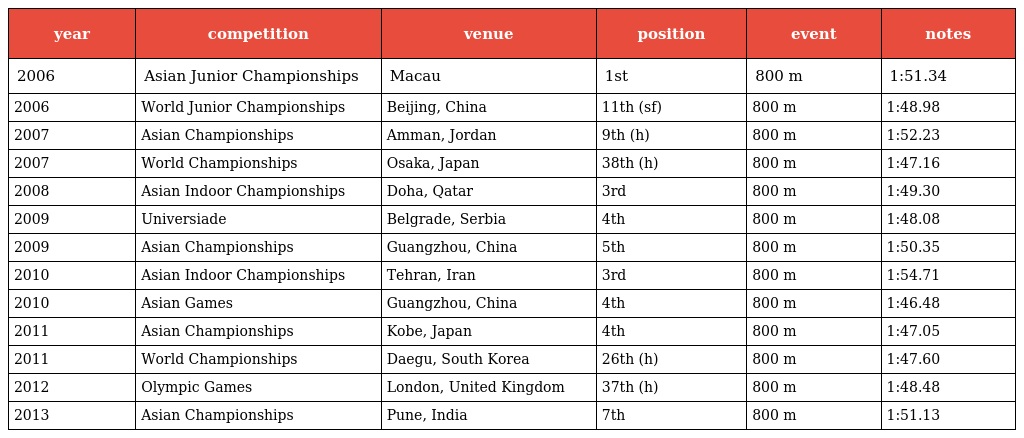
| year | competition | venue | position | event | notes |
 | --- | --- | --- | --- | --- | --- |
 | 2006 | Asian Junior Championships | Macau | 1st | 800 m | 1:51.34 |
 | 2006 | World Junior Championships | Beijing, China | 11th (sf) | 800 m | 1:48.98 |
 | 2007 | Asian Championships | Amman, Jordan | 9th (h) | 800 m | 1:52.23 |
 | 2007 | World Championships | Osaka, Japan | 38th (h) | 800 m | 1:47.16 |
 | 2008 | Asian Indoor Championships | Doha, Qatar | 3rd | 800 m | 1:49.30 |
 | 2009 | Universiade | Belgrade, Serbia | 4th | 800 m | 1:48.08 |
 | 2009 | Asian Championships | Guangzhou, China | 5th | 800 m | 1:50.35 |
 | 2010 | Asian Indoor Championships | Tehran, Iran | 3rd | 800 m | 1:54.71 |
 | 2010 | Asian Games | Guangzhou, China | 4th | 800 m | 1:46.48 |
 | 2011 | Asian Championships | Kobe, Japan | 4th | 800 m | 1:47.05 |
 | 2011 | World Championships | Daegu, South Korea | 26th (h) | 800 m | 1:47.60 |
 | 2012 | Olympic Games | London, United Kingdom | 37th (h) | 800 m | 1:48.48 |
 | 2013 | Asian Championships | Pune, India | 7th | 800 m | 1:51.13 |